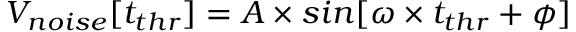
V _ { n o i s e } [ t _ { t h r } ] = A \times s i n [ \omega \times t _ { t h r } + \phi ]